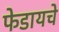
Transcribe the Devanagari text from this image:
फेडायचे